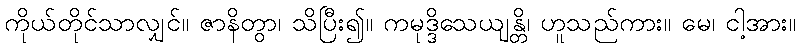
ကိုယ်တိုင်သာလျှင်။ ဇာနိတွာ၊ သိပြီး၍။ ကမုဒ္ဒိသေယျန္တိ၊ ဟူသည်ကား။ မေ၊ ငါ့အား။